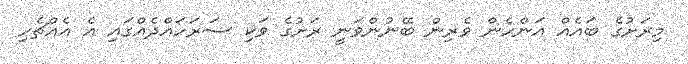
މިރަށުގެ ބައެއް އަންހެން ވެރިން ބޭނުންވަނީ ރަށުގެ ވަކި ސަރަހައްދެއްގައި އެ އެއްޗެހި